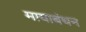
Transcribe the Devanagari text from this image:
मायाबंधन